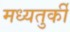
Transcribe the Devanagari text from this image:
मध्यतुर्की